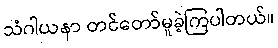
သံဂါယနာ တင်တော်မူခဲ့ကြပါတယ်။